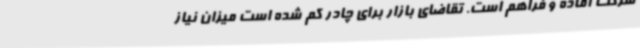
شرکت آماده و فراهم است. تقاضای بازار برای چادر کم شده است میزان نیاز